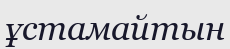
ұстамайтын